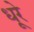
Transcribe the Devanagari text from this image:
धूरे